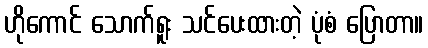
ဟိုကောင် သောက်ရူး သင်ပေးထားတဲ့ ပုံစံ ပြောတာ။